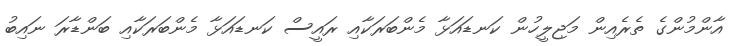
އާންމުންގެ ތެރެއިން މަޖިލީހުން ކަނޑައަޅާ މެންބަރަކާއި ރައީސް ކަނޑައަޅާ މެންބަރަކާއި ބަންޑާރަ ނައިބު